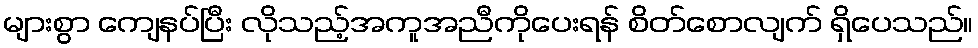
များစွာ ကျေနပ်ပြီး လိုသည့်အကူအညီကိုပေးရန် စိတ်စောလျက် ရှိပေသည်။